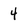
Character: 4